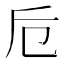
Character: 卮